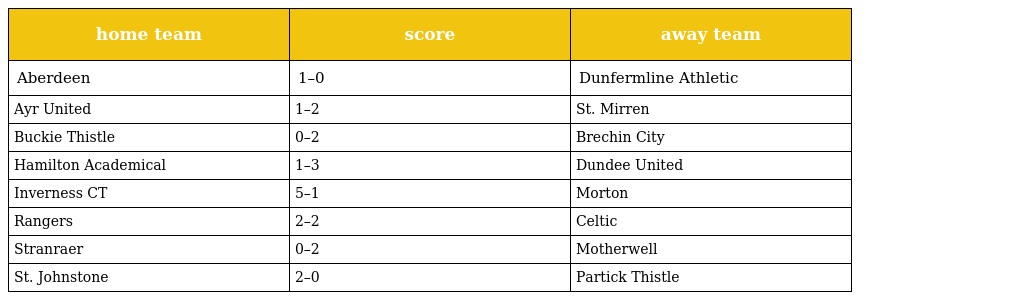
| home team | score | away team |
 | --- | --- | --- |
 | Aberdeen | 1–0 | Dunfermline Athletic |
 | Ayr United | 1–2 | St. Mirren |
 | Buckie Thistle | 0–2 | Brechin City |
 | Hamilton Academical | 1–3 | Dundee United |
 | Inverness CT | 5–1 | Morton |
 | Rangers | 2–2 | Celtic |
 | Stranraer | 0–2 | Motherwell |
 | St. Johnstone | 2–0 | Partick Thistle |